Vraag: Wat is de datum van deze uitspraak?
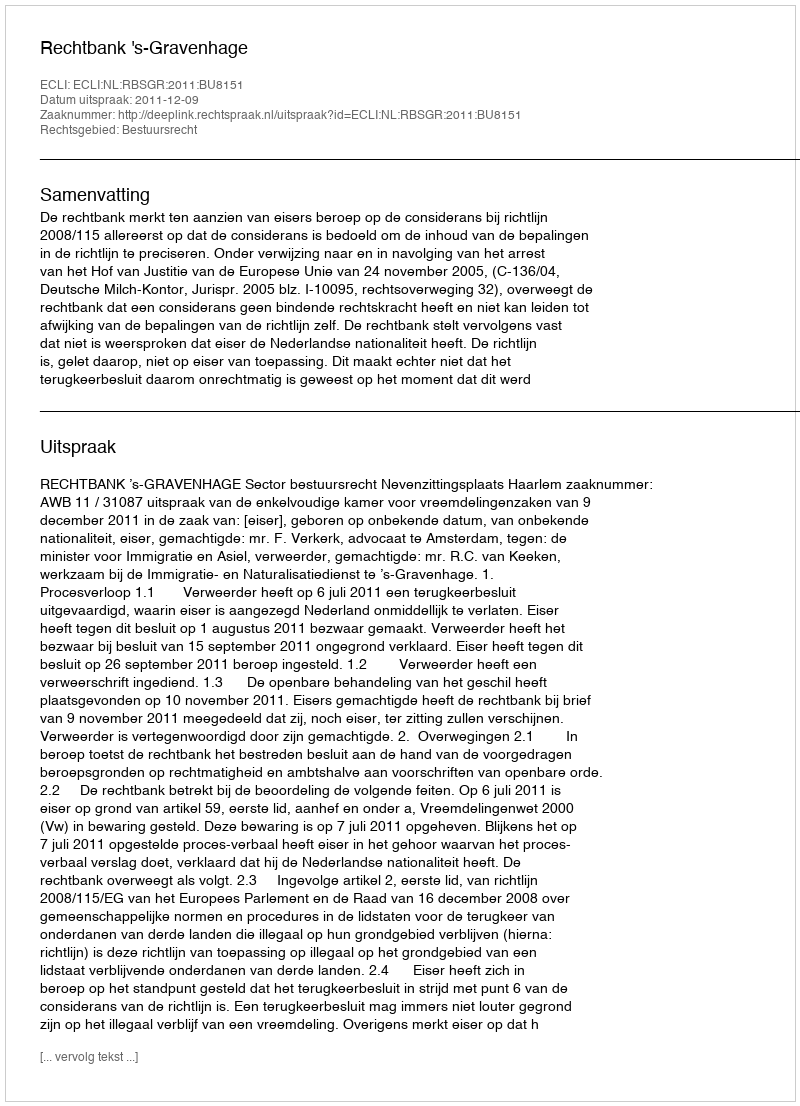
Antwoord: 2011-12-09